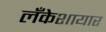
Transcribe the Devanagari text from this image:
लँकेशायार